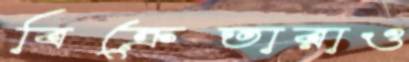
বিক্রেতারাও